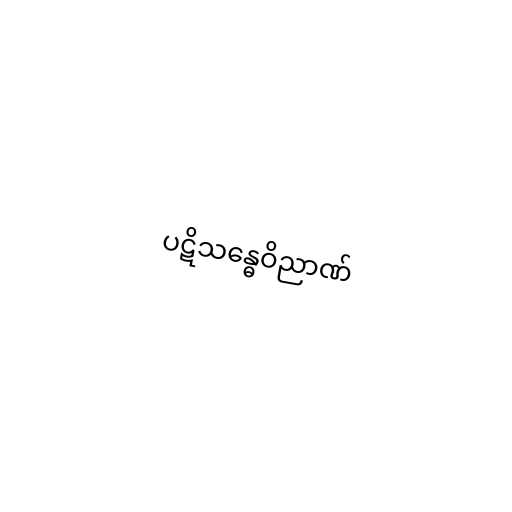
ပဋိသန္ဓေဝိညာဏ်